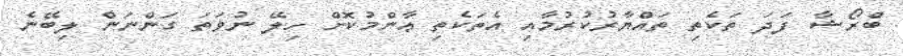
ބްރޯޝާ ފަދަ ތަކެތި ތައްޔާރުކުރުމާއި އެތަކެތި ޢާންމުކޮށް ހިލޭ ނުވަތަ ގަންނަން ލިބޭނެ